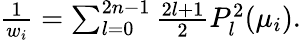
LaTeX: \begin{array}{r}{\frac{1}{w_{i}}=\sum_{l=0}^{2n-1}\frac{2l+1}{2}P_{l}^{2}(\mu_{i}).}\end{array}